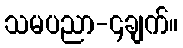
သမပညာ-၄ချက်။